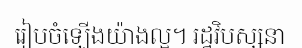
រៀបចំឡើងយ៉ាងល្អ។ រដ្ឋវិបស្សនា